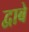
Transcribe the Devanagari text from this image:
द्वाबे